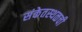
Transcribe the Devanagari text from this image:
संकेतस्थळची